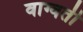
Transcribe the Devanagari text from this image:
वाग्वती